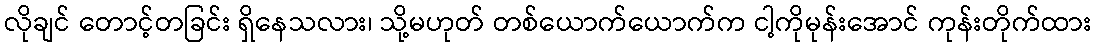
လိုချင် တောင့်တခြင်း ရှိနေသလား၊ သို့မဟုတ် တစ်ယောက်ယောက်က ငါ့ကိုမုန်းအောင် ကုန်းတိုက်ထား